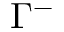
\Gamma ^ { - }